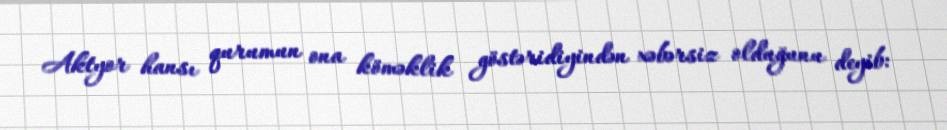
Aktyor hansı qurumun ona köməklik göstəridiyindən xəbərsiz olduğunu deyib: